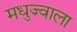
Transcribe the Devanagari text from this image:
मधुज्वाला